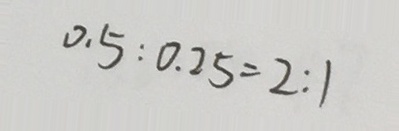
0 . 5 : 0 . 2 5 = 2 : 1